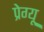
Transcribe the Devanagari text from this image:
प्रेग्यू